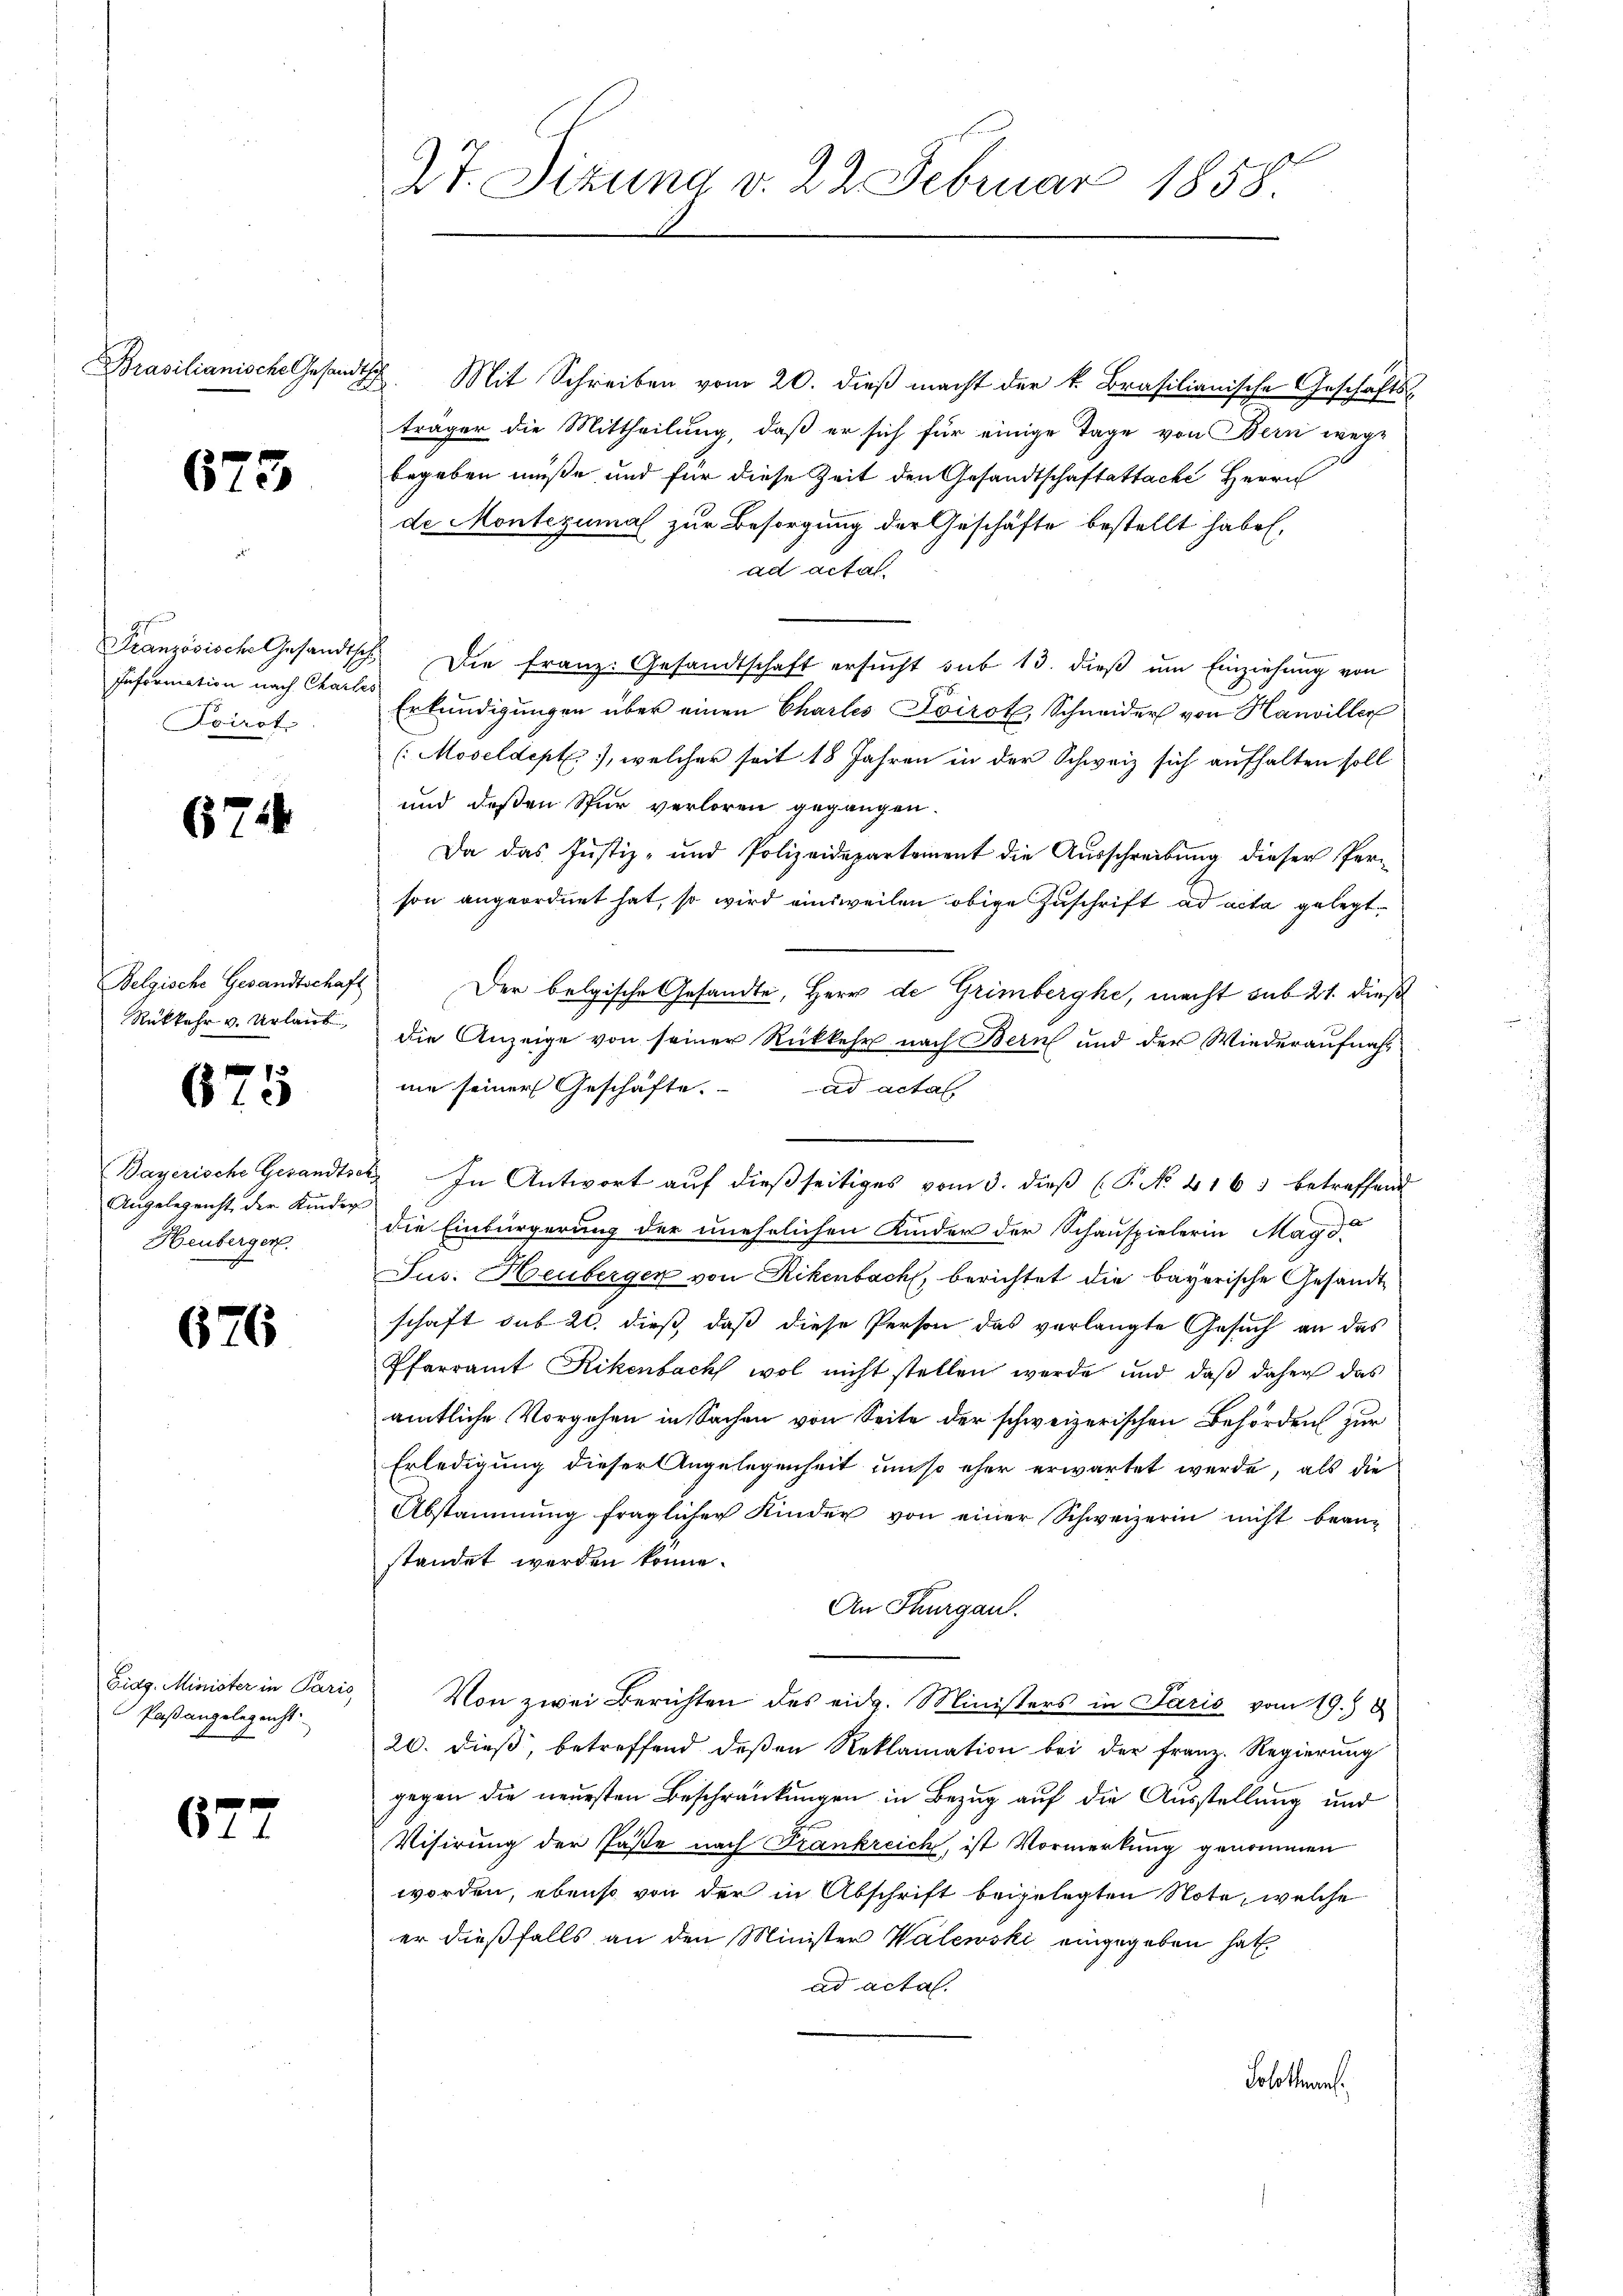
Brasilianische Gesandt

673

6714

Belgische Gesandtschaft
Rükkehr v. Urlaut

675

Bayerische Gesandt
Angelegenht der Kinder
Heuberger.

676

67

Eidg. Minister in Paris,
Paßangelegenht.

Französische Gesandtsc
Information nach Charte
Kairot

27. Sizung d. 22 Februar 1858.

Mit Schreiben vom 20. dieß macht der k. Brasilianische Geschäftsträger die Mittheilung, daß er sich für einige Tage von Bern wege
begeben müße und für diese Zeit den Gesandtschaftattache Herrn
de Montezumal zur Besorgung der Geschäfte bestellt habe,
ad actat
 Die Franz. Gesandtschaft ersucht sub 13. dieß um Einziehung von
Erkundigungen über einen Charlis Soirot, Schneider von Hanviller
(Moseldept, welcher seit 18 Jahren in der Schweiz sich aufhalten soll
und deßen Spur verloren gegangen.
Da das Justiz- und Polizeidepartement die Ausschreibung dieser Per-
son angeordnet hat, so wird einsweilen obige Zuschrift ad acta gelegt.
Der belgische Gesandte, Herr de Grimberghe, macht sub 21. dieß
die Anzeige von seiner Rückkehr nach Bern und der Wiederaufnahnie seiner Geschäfte. ad acta
2. In Antwort auf dießseitiges vom 3. dieß (P. No 4163 betreffend
die Einbürgerung der unehelichen Kinder der Schauspielerin Magd.
Jus. Heuberger von Rikenbach, berichtet die bayerische Gesandt
schaft sub 20. dieß, daß diese Person das verlangte Gesuch an das
Pfarramt Rikenbach wol nicht stellen werde und daß daher das
amtliche Vorgehen in Sachen von Seite der schweizerischen Behörden zur
Erledigung dieser Angelegenheit umso eher erwartet werde, als die
Abstammung fraglicher Kinder von einer Schweizerin nicht bean-
standet werden könne.
An Thurgau.
Von zwei Berichten des eidg. Ministers in Paris vom 19. 8
20. dieß, betreffend deßen Reklamation bei der Franz. Regierung
gegen die neuesten Beschränkungen in Bezug auf die Ausstellung und
Visirung der Paste nach Frankreich, ist Vormerkung genommen
worden, ebenso von der in Abschrift beigelegten Note, welche
er dießfalls an den Minister Walewski eingegeben hat.
ad acta.
Solothurn.